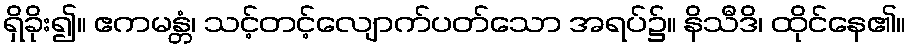
ရှိခိုး၍။ ဧကမန္တံ၊ သင့်တင့်လျောက်ပတ်သော အရပ်၌။ နိသီဒိ၊ ထိုင်နေ၏။